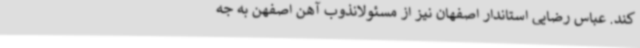
کند. عباس رضایی استاندار اصفهان نیز از مسئولانذوب آهن اصفهن به جه